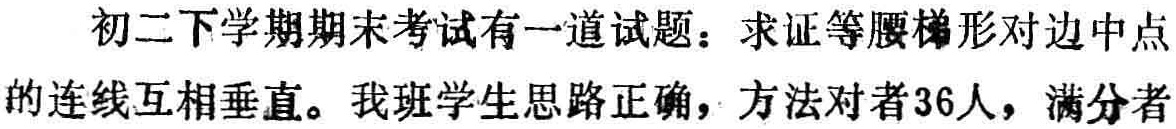
初二下学期期末考试有一道试题：求证等腰梯形对边中点的连线互相垂直。我班学生思路正确，方法对者36人，满分者